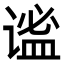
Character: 谧